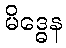
မိဒ္ဓေန